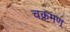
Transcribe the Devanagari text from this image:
चक्रमण